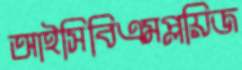
আইসিবিএমপ্লয়িজ